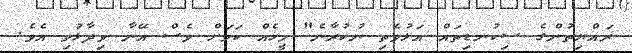
ރައްޔިތުންގެ ސިކުނޑިތައް އަޅުވެތި ނުކުރާނެ" މީހެއް ކަމަށް ވެސް އޭނާ ވިދާޅުވި އެވެ.